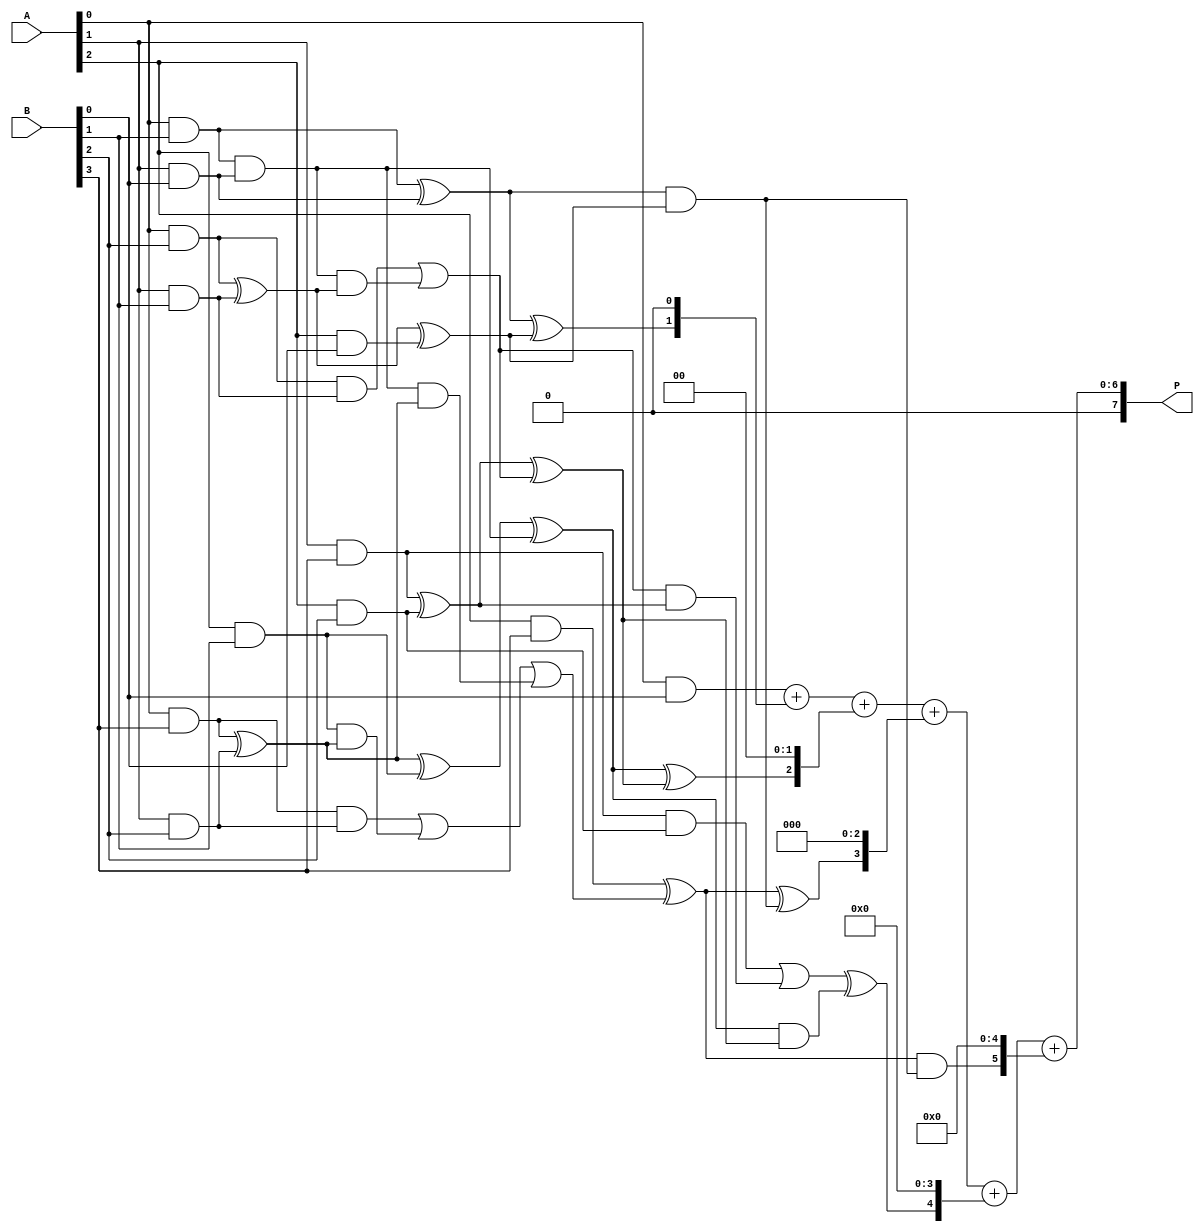
module dadda_multiplier (
    input [3:0] A, // First multiplicand
    input [3:0] B, // Second multiplicand
    output [7:0] P // Product output
);

    // Partial product generation
    wire [3:0] pp[3:0]; // Partial products
    genvar i, j;
    generate
        for (i = 0; i < 4; i = i + 1) begin : pp_gen
            for (j = 0; j < 4; j = j + 1) begin : pp_inner
                assign pp[i][j] = A[i] & B[j]; // AND operation for partial products
            end
        end
    endgenerate

    // Reduction tree
    wire [7:0] sum[2:0]; // Intermediate sums
    wire [7:0] carry[2:0]; // Carry bits

    // Stage 1: Combine partial products
    // Using half adders and full adders
    // First half adder
    assign sum[0][0] = pp[0][0];
    assign carry[0][0] = 0; // No carry from previous stage
    assign sum[0][1] = pp[0][1] ^ pp[1][0];
    assign carry[0][1] = pp[0][1] & pp[1][0];
    assign sum[0][2] = pp[0][2] ^ pp[1][1] ^ pp[2][0];
    assign carry[0][2] = (pp[0][2] & pp[1][1]) | (carry[0][1] & (pp[0][2] ^ pp[1][1]));
    assign sum[0][3] = pp[0][3] ^ pp[1][2] ^ pp[2][1] ^ carry[0][1];
    assign carry[0][3] = (pp[0][3] & pp[1][2]) | (pp[2][1] & (pp[0][3] ^ pp[1][2])) | (carry[0][1] & (pp[0][3] ^ pp[1][2]));
    assign sum[0][4] = pp[1][3] ^ pp[2][2] ^ carry[0][2];
    assign carry[0][4] = (pp[1][3] & pp[2][2]) | (carry[0][2] & (pp[1][3] ^ pp[2][2]));
    assign sum[0][5] = pp[2][3] ^ carry[0][3];
    assign carry[0][5] = pp[2][3] & carry[0][3];
    assign sum[0][6] = carry[0][4];
    assign sum[0][7] = carry[0][5];

    // Stage 2: Combine results from stage 1
    assign sum[1][0] = sum[0][0];
    assign carry[1][0] = 0; // No carry from previous stage
    assign sum[1][1] = sum[0][1] ^ sum[0][2];
    assign carry[1][1] = sum[0][1] & sum[0][2];
    assign sum[1][2] = sum[0][3] ^ sum[0][4] ^ carry[1][0];
    assign carry[1][2] = (sum[0][3] & sum[0][4]) | (carry[1][0] & (sum[0][3] ^ sum[0][4]));
    assign sum[1][3] = sum[0][5] ^ carry[1][1];
    assign carry[1][3] = sum[0][5] & carry[1][1];
    assign sum[1][4] = sum[0][6] ^ carry[1][2];
    assign carry[1][4] = sum[0][6] & carry[1][2];
    assign sum[1][5] = carry[1][3];
    assign sum[1][6] = carry[1][4];
    assign sum[1][7] = 0; // No additional bits

    // Final addition
    assign P = sum[1][0] + (sum[1][1] << 1) + (sum[1][2] << 2) + (sum[1][3] << 3) + (sum[1][4] << 4) + (sum[1][5] << 5);

endmodule